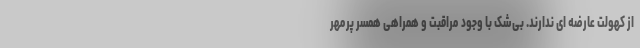
از کهولت عارضه ای ندارند. بی‌شک با وجود مراقبت و همراهی همسر پرمهر